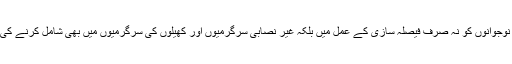
مقررین نے کہا کہ نوجوانوں کو نہ صرف فیصلہ سازی کے عمل میں بلکہ غیر نصابی سرگرمیوں اور کھیلوں کی سرگرمیوں میں بھی شامل کرنے کی اشد ضرورت ہے ۔